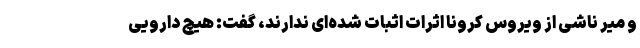
و میر ناشی از ویروس کرونا اثرات اثبات شده‌ای ندارند، گفت: هیچ دارویی